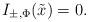
LaTeX: \begin{align*}I_{\pm,\Phi}(\tilde x)=0.\end{align*}